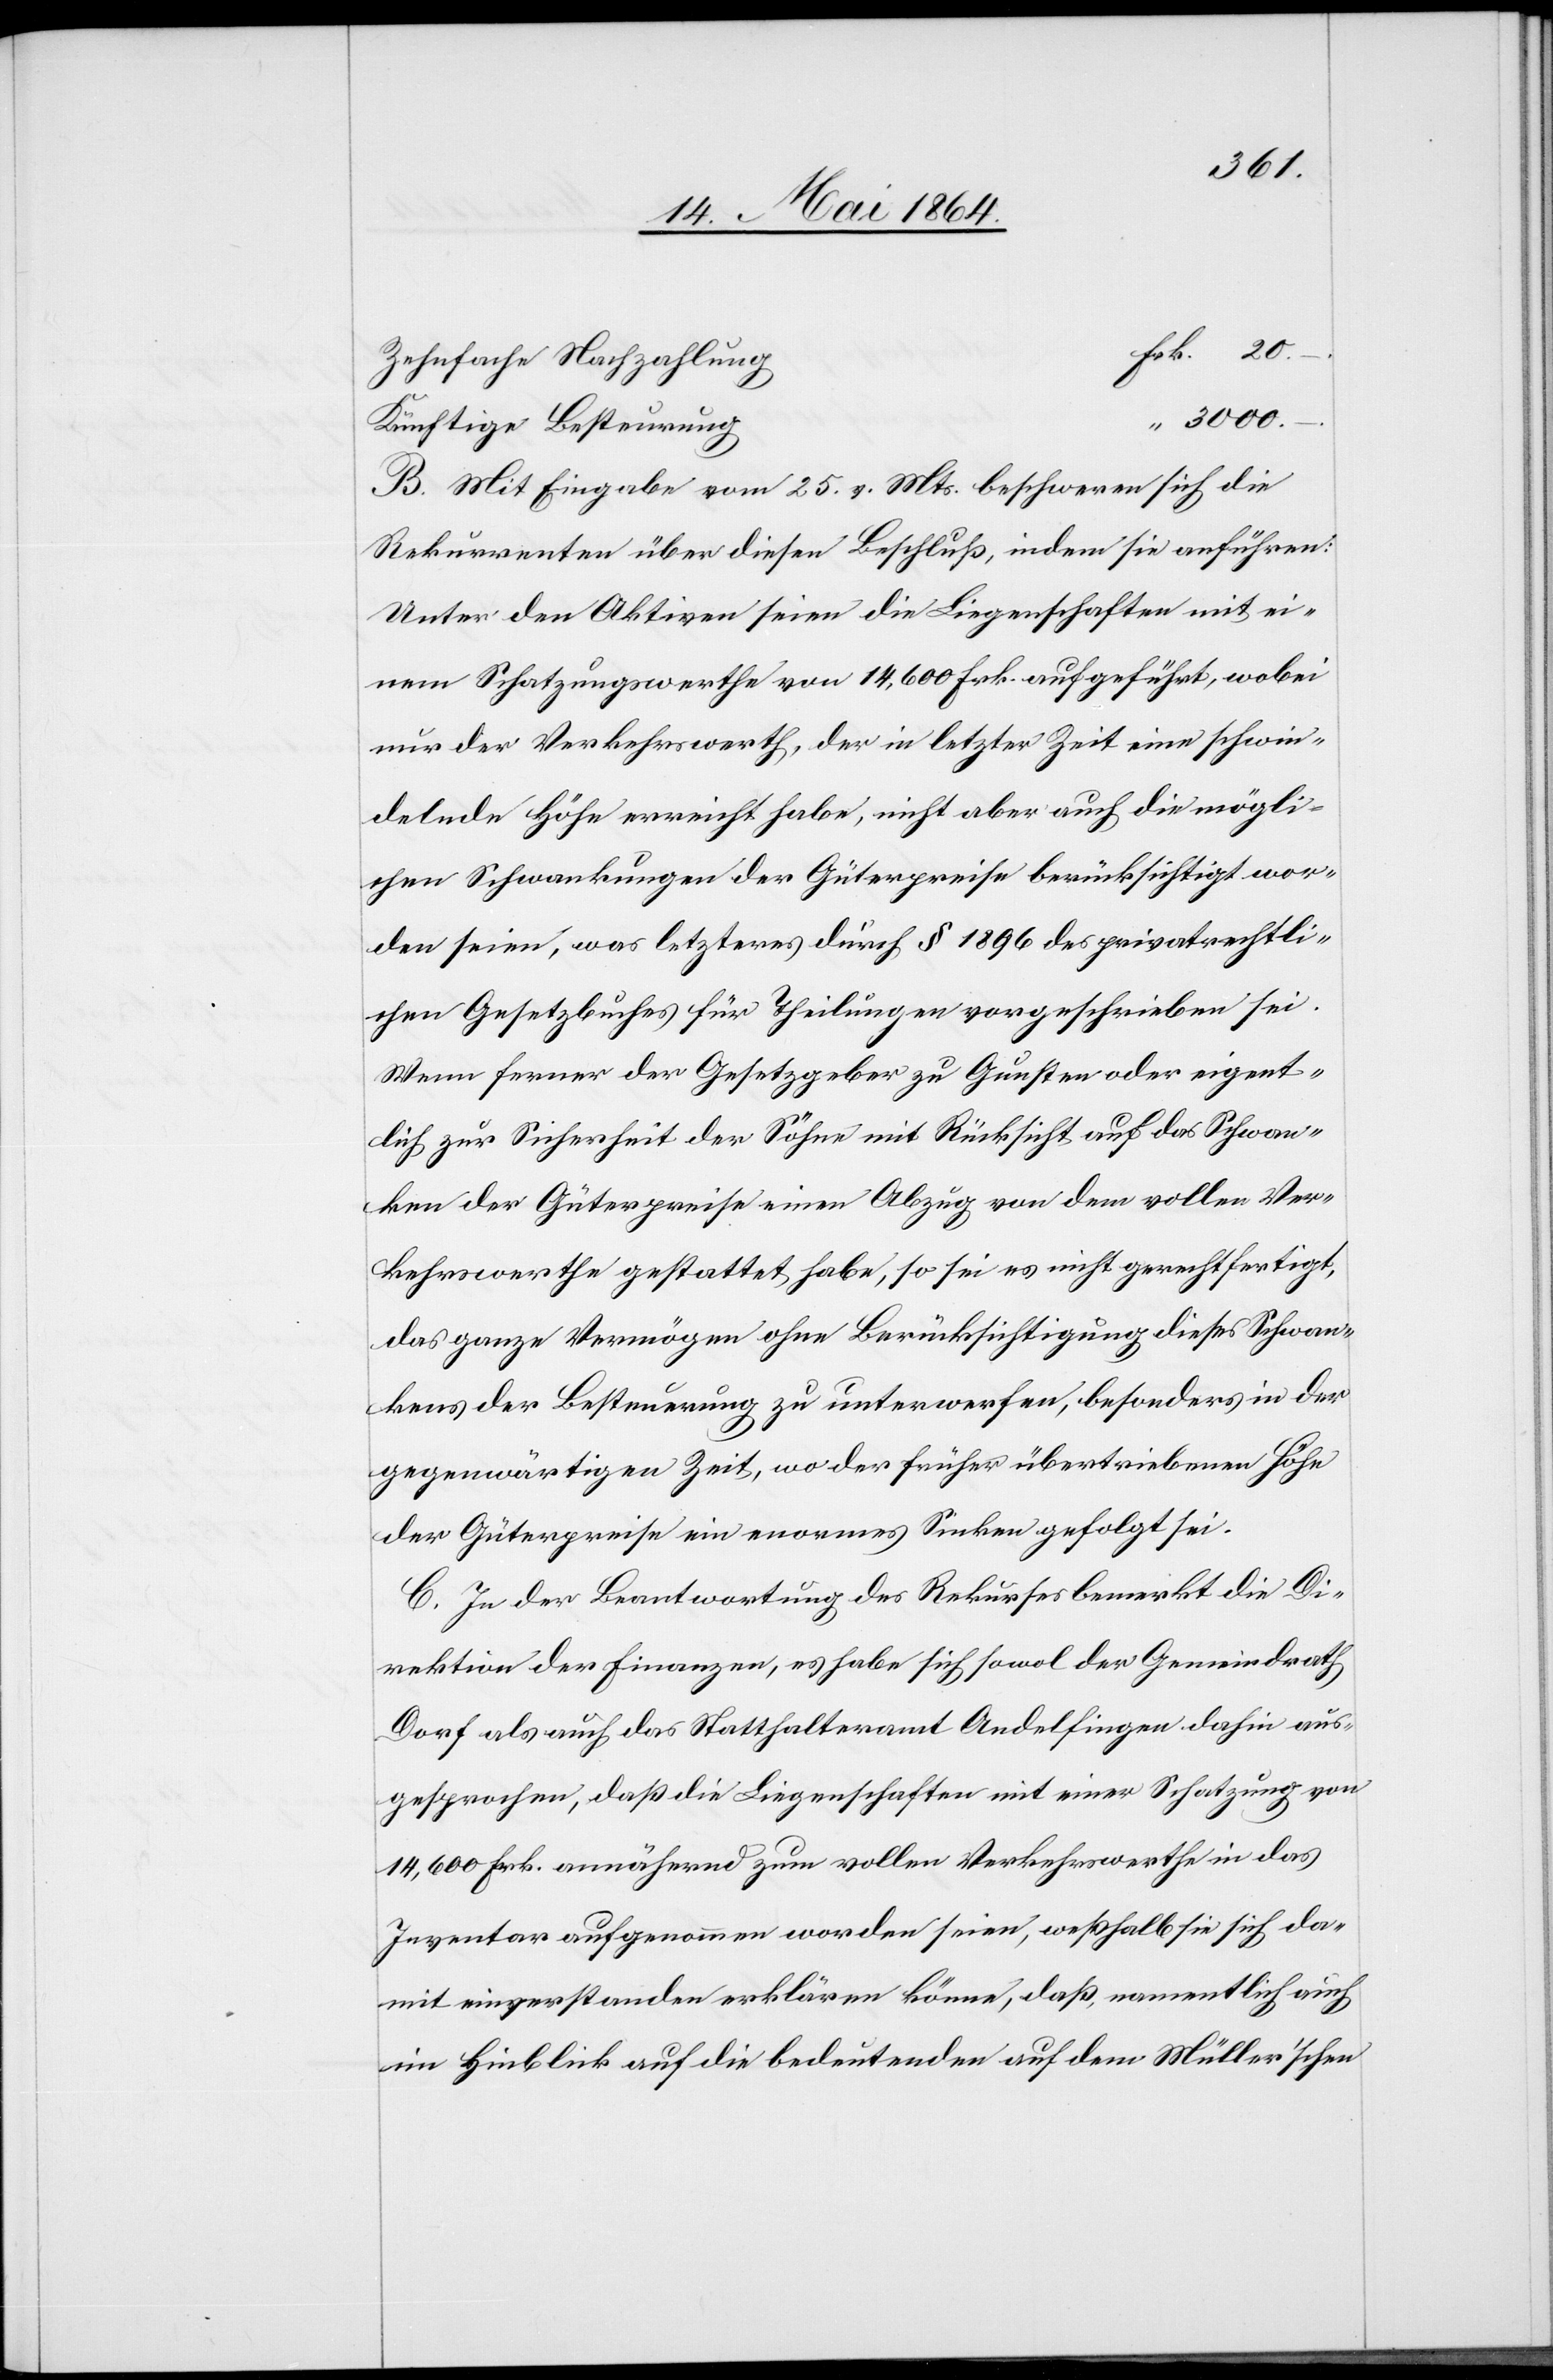
3000.–.
B. Mit Eingabe vom 25. v. Mts. beschweren sich die
Rekurrenten über diesen Beschluß, indem sie anführen:
Unter den Aktiven seien die Liegenschaften mit ei¬
nem Schatzungswerthe von 14,600 Frk. aufgeführt, wobei
nur der Verkehrswerth, der in letzter Zeit eine schwin¬
delnde Höhe erreicht habe, nicht aber auch die mögli¬
chen Schwankungen der Güterpreise berücksichtigt wor¬
den seien, was letzteres durch § 1896 des privatrechtli¬
chen Gesetzbuches für Theilungen vorgeschrieben sei.
Wenn ferner der Gesetzgeber zu Gunsten oder eigent¬
lich zur Sicherheit der Söhne mit Rücksicht auf das Schwan¬
ken der Güterpreise einen Abzug von dem vollen Ver¬
kehrswerthe gestattet habe, so sei es nicht gerechtfertigt,
das ganze Vermögen ohne Berücksichtigung dieses Schwan¬
kens der Besteuerung zu unterwerfen, besonders in der
gegenwärtigen Zeit, wo der früher übertriebenen Höhe
der Güterpreise ein enormes Sinken gefolgt sei.
C. In der Beantwortung des Rekurses bemerkt die Di¬
rektion der Finanzen, es habe sich sowol der Gemeindrath
Dorf als auch das Statthalteramt Andelfingen dahin aus¬
gesprochen, daß die Liegenschaften mit einer Schatzung von
14,600 Frk. annähernd zum vollen Verkehrswerthe in das
Inventar aufgenommen worden seien, weßhalb sie sich da¬
mit einverstanden erklären könne, daß, namentlich auch
im Hinblick auf die bedeutenden auf dem Müller’schen